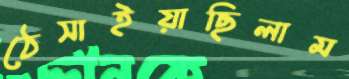
ঠেসাইয়াছিলাম